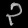
Digit: ၃